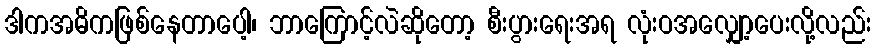
ဒါကအဓိကဖြစ်နေတာပေါ့၊ ဘာကြောင့်လဲဆိုတော့ စီးပွားရေးအရ လုံးဝအလျှော့ပေးလို့လည်း